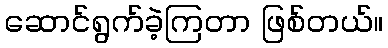
ဆောင်ရွက်ခဲ့ကြတာ ဖြစ်တယ်။